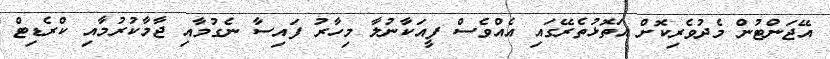
އޭޖަންޓުން މެދުވެރިކޮށް އަތޮޅުތެރޭގައި އެއްވެސް ފީއަކާނުލާ މިހާރު ފައިސާ ނެގުމާއި ޖާމާކުރުމާއި ކްރެޑިޓް